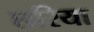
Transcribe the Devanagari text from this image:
छरिया